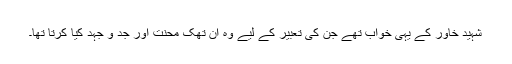
شہید خاور کے یہی خواب تھے جن کی تعبیر کے لیے وہ اَن تھک محنت اور جد و جہد کیا کرتا تھا۔